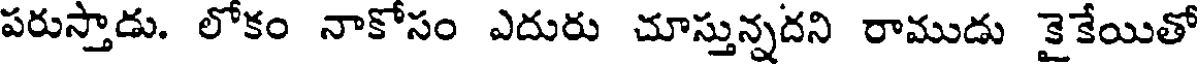
పరుస్తాడు. లోకం నాకోసం ఎదురు చూస్తున్నదని రాముడు కైకేయితో